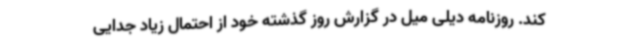
کند. روزنامه دیلی میل در گزارش روز گذشته خود از احتمال زیاد جدایی